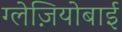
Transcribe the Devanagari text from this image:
ग्लेज़ियोबाई